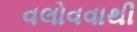
વલોવવાથી